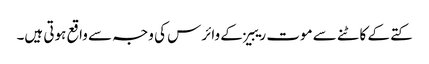
کتے کے کاٹنے سے موت ریبیز کے وائرس کی وجہ سے واقع ہوتی ہیں۔